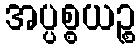
အပ္ပစ္စယဉ္စ